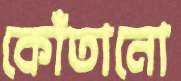
কোঁতানো